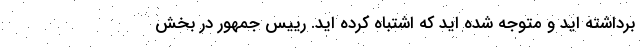
برداشته اید و متوجه شده اید که اشتباه کرده اید. رییس جمهور در بخش